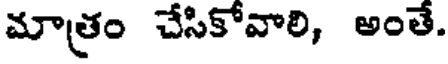
మాత్రం చేసికోవాలి, అంతే.